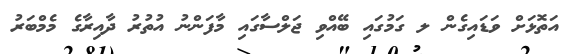
އަތޮޅަށް ވަޑައިގެން ލ ގަމުގައި ބޭއްވި ޖަލްސާގައި މާފަންނު އުތުރު ދާއިރާގެ މެމްބަރު